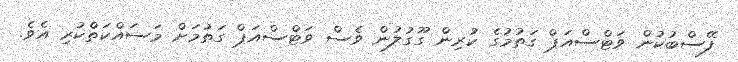
ފޭސްބުކުން ވަޓްސްއަޕް ގަތުމުގެ ކުރިން ގޫގުލުން ވެސް ވަޓްސްއަޕް ގަތުމަށް މަސައްކަތްކުރި އެވެ.